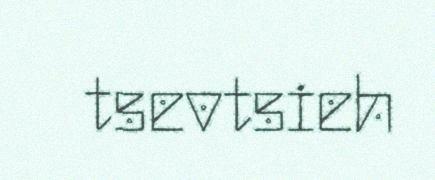
tsevtsieh